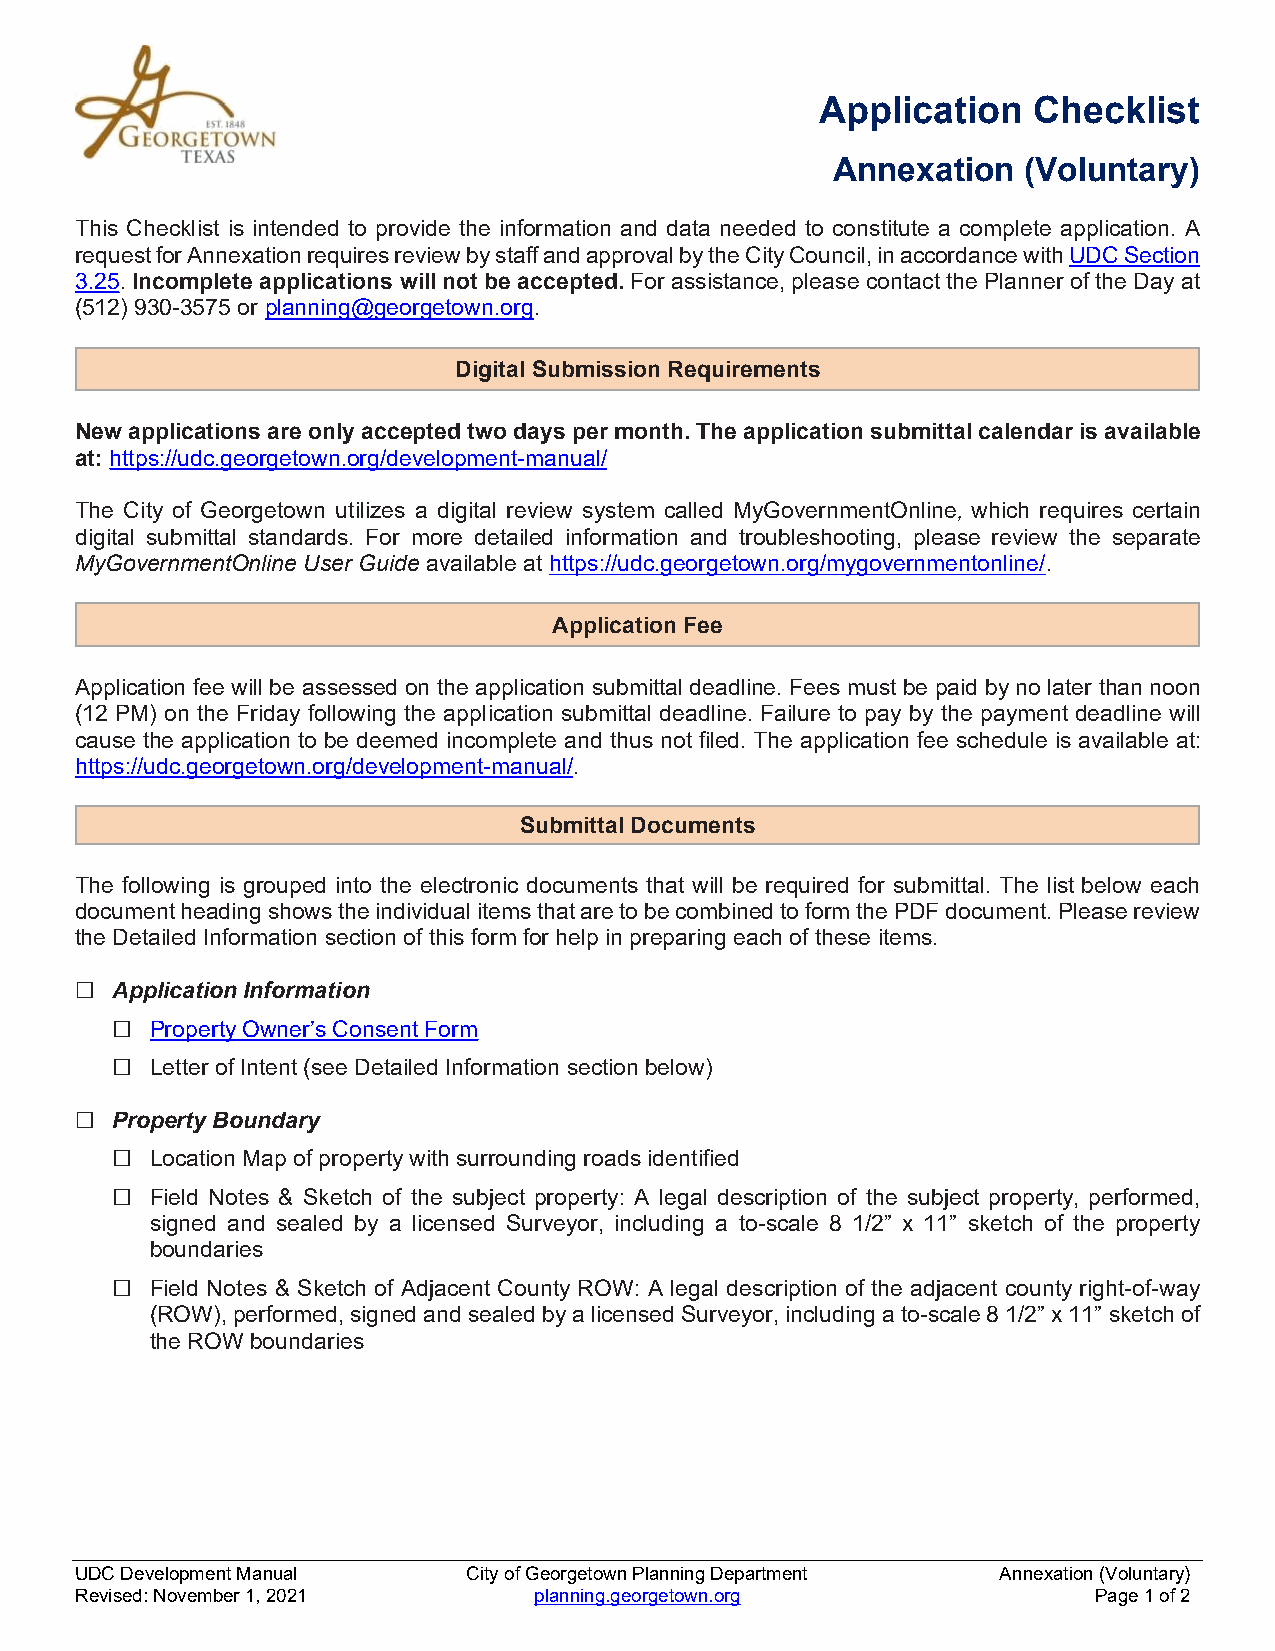
Application   Checklist
 Annexation   (Voluntary)
 This Checklist is intended to provide the information and data needed to constitute a complete application. A
 request for Annexation requires review by staff and approval by the City Council, in accordance with UDC Section
 3.25. Incomplete applications will not be accepted. For assistance, please contact the Planner of the Day at
 (512) 930-3575 or planning@georgetown.org.
 Digital Submission Requirements
 New applications are only accepted two days per month. The application submittal calendar is available
 at: https://udc.georgetown.org/development-manual/
 The City of Georgetown utilizes a digital review system called MyGovernmentOnline, which requires certain
 digital submittal standards. For more detailed information and troubleshooting, please review the separate
 MyGovernmentOnline User Guide available at https://udc.georgetown.org/mygovernmentonline/.
 Application Fee
 Application fee will be assessed on the application submittal deadline. Fees must be paid by no later than noon
 (12 PM) on the Friday following the application submittal deadline. Failure to pay by the payment deadline will
 cause the application to be deemed incomplete and thus not filed. The application fee schedule is available at:
 https://udc.georgetown.org/development-manual/.
 Submittal Documents
 The following is grouped into the electronic documents that will be required for submittal. The list below each
 document heading shows the individual items that are to be combined to form the PDF document. Please review
 the Detailed Information section of this form for help in preparing each of these items.
 ☐ Application Information
 □  Property Owner’s Consent Form
 □  Letter of Intent (see Detailed Information section below)
 ☐ Property Boundary
 □  Location Map of property with surrounding roads identified
 □  Field Notes & Sketch of the subject property: A legal description of the subject property, performed,
 signed and sealed by a licensed Surveyor, including a to-scale 8 1/2” x 11” sketch of the property
 boundaries
 □  Field Notes & Sketch of Adjacent County ROW: A legal description of the adjacent county right-of-way
 (ROW), performed, signed and sealed by a licensed Surveyor, including a to-scale 8 1/2” x 11” sketch of
 the ROW boundaries
 UDC Development Manual    City of Georgetown Planning Department Annexation (Voluntary)
 Revised: November 1, 2021     planning.georgetown.org              Page 1 of 2